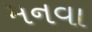
મનવા